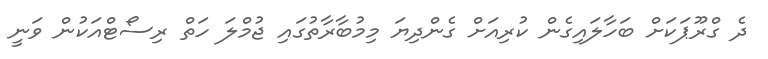
ދެ ގްރޫޕަކަށް ބަހާލައިގެން ކުރިއަށް ގެންދިޔަ މިމުބާރާތުގައި ޖުމްލަ ހަތް ރިސޯޓްއަކުން ވަނީ